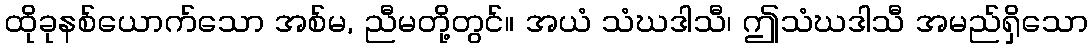
ထိုခုနစ်ယောက်သော အစ်မ, ညီမတို့တွင်။ အယံ သံဃဒါသီ၊ ဤသံဃဒါသီ အမည်ရှိသော